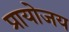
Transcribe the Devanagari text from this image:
प्रायोजय